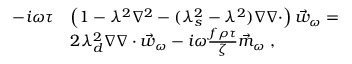
\begin{array} { r l } { - i \omega \tau } & { \left( 1 - \lambda ^ { 2 } \nabla ^ { 2 } - ( \lambda _ { s } ^ { 2 } - \lambda ^ { 2 } ) \nabla \nabla \cdot \right) \vec { w } _ { \omega } = } \\ & { 2 \lambda _ { d } ^ { 2 } \nabla \nabla \cdot \vec { w } _ { \omega } - i \omega \frac { f \rho \tau } { \zeta } \vec { m } _ { \omega } \; , } \end{array}